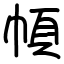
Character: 幁